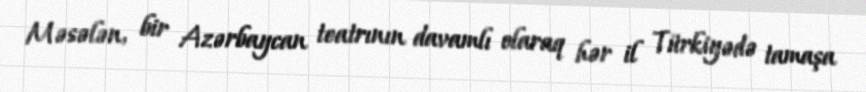
Məsələn, bir Azərbaycan teatrının davamlı olaraq hər il Türkiyədə tamaşa